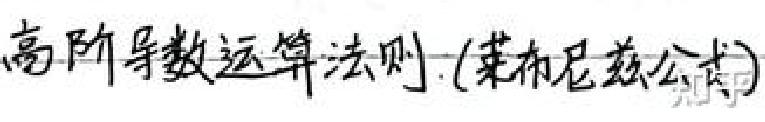
高阶导数运算法则. (莱布尼兹公式)